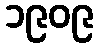
၁၉၀၉